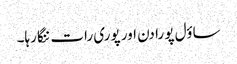
ساؤل پو را دن اور پوری رات ننگا رہا۔